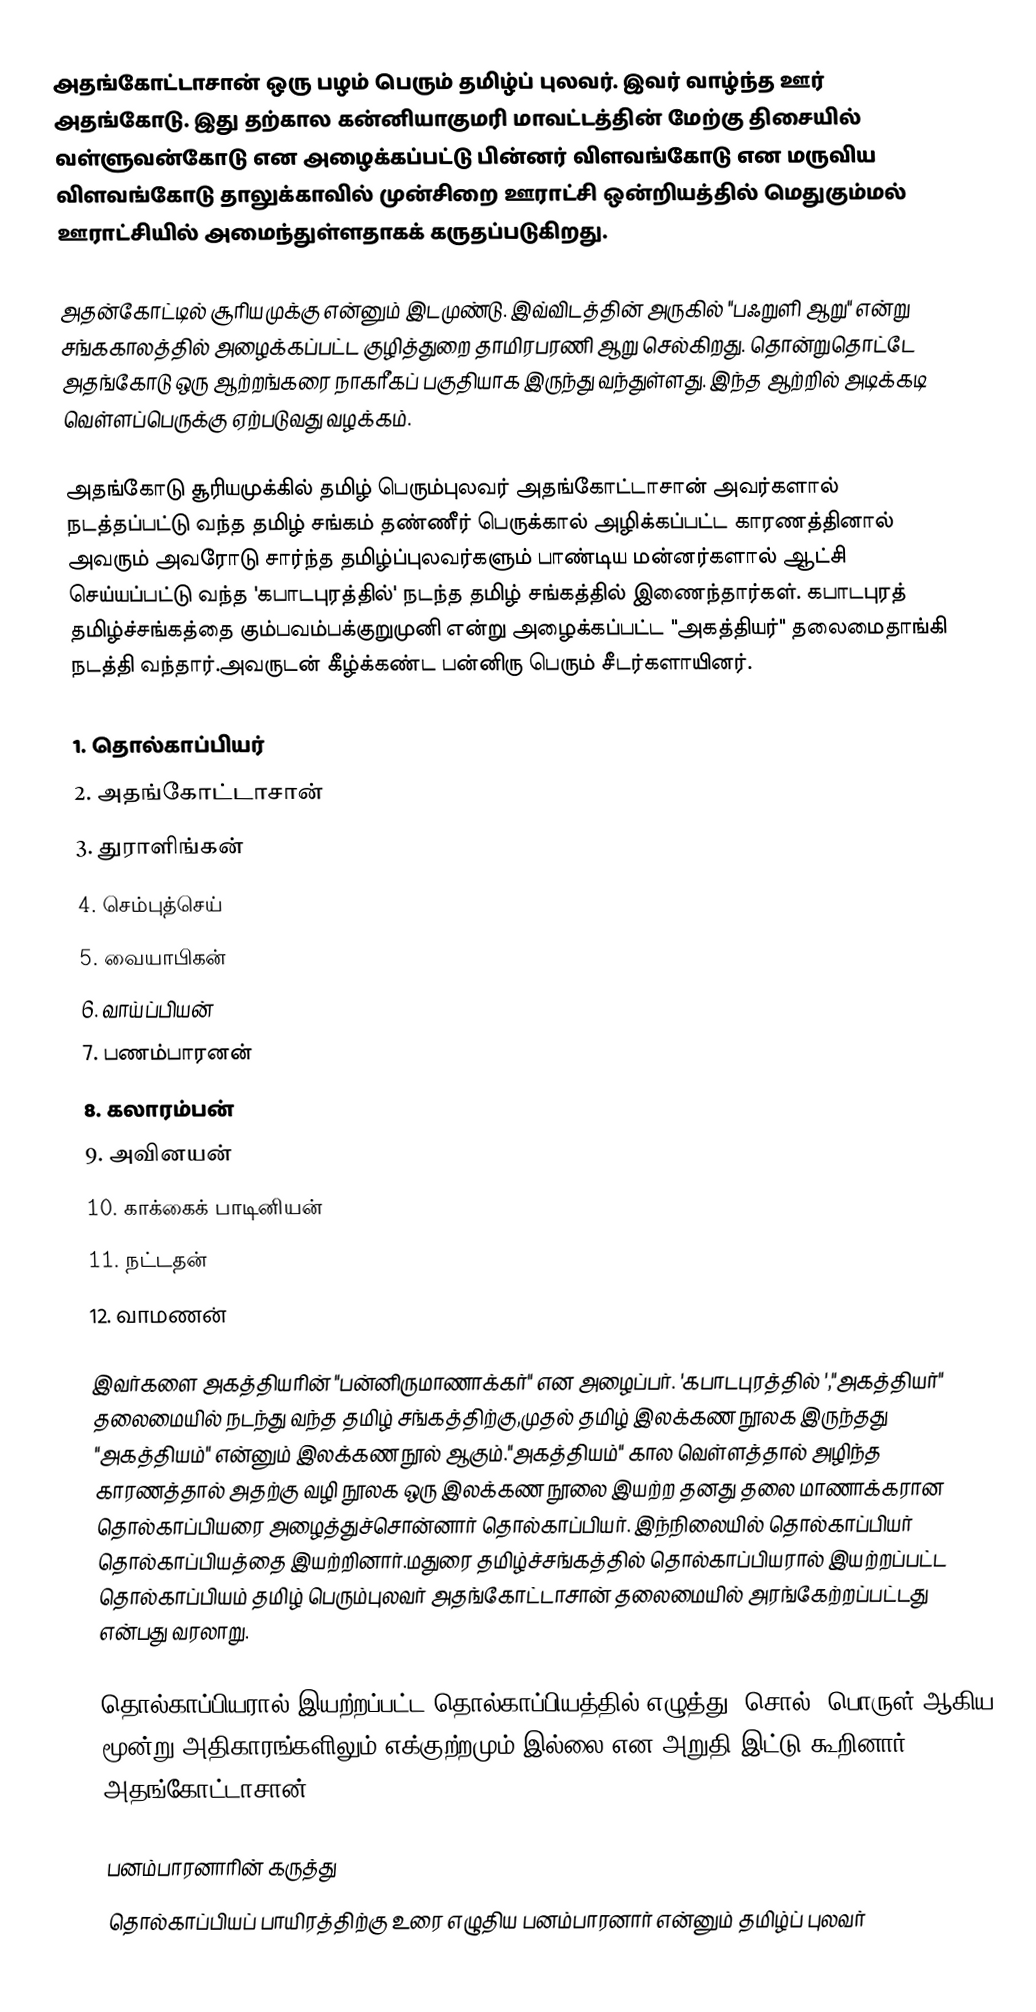
அதங்கோட்டாசான்  ஒரு பழம் பெரும் தமிழ்ப் புலவர். இவர் வாழ்ந்த ஊர் அதங்கோடு. இது தற்கால கன்னியாகுமரி மாவட்டத்தின் மேற்கு திசையில் வள்ளுவன்கோடு என அழைக்கப்பட்டு பின்னர் விளவங்கோடு என மருவிய விளவங்கோடு தாலுக்காவில் முன்சிறை ஊராட்சி ஒன்றியத்தில் மெதுகும்மல் ஊராட்சியில் அமைந்துள்ளதாகக் கருதப்படுகிறது.

அதன்கோட்டில் சூரியமுக்கு என்னும் இடமுண்டு. இவ்விடத்தின் அருகில் "பஃறுளி ஆறு" என்று சங்ககாலத்தில் அழைக்கப்பட்ட குழித்துறை தாமிரபரணி ஆறு செல்கிறது. தொன்றுதொட்டே அதங்கோடு ஒரு ஆற்றங்கரை நாகரீகப் பகுதியாக இருந்து வந்துள்ளது. இந்த ஆற்றில் அடிக்கடி வெள்ளப்பெருக்கு ஏற்படுவது வழக்கம்.

அதங்கோடு சூரியமுக்கில் தமிழ் பெரும்புலவர் அதங்கோட்டாசான் அவர்களால் நடத்தப்பட்டு வந்த தமிழ் சங்கம் தண்ணீர் பெருக்கால் அழிக்கப்பட்ட காரணத்தினால் அவரும் அவரோடு சார்ந்த தமிழ்ப்புலவர்களும் பாண்டிய மன்னர்களால் ஆட்சி செய்யப்பட்டு வந்த 'கபாடபுரத்தில்' நடந்த தமிழ் சங்கத்தில் இணைந்தார்கள். கபாடபுரத் தமிழ்ச்சங்கத்தை கும்பவம்பக்குறுமுனி என்று அழைக்கப்பட்ட "அகத்தியர்" தலைமைதாங்கி நடத்தி வந்தார்.அவருடன் கீழ்க்கண்ட பன்னிரு பெரும் சீடர்களாயினர்.

1.  தொல்காப்பியர்
2.  அதங்கோட்டாசான்
3.  துராளிங்கன்
4.  செம்புத்செய்
5.  வையாபிகன்
6.  வாய்ப்பியன்
7.  பணம்பாரனன்
8.  கலாரம்பன்
9.  அவினயன்
10. காக்கைக் பாடினியன்
11. நட்டதன்
12. வாமணன்

இவர்களை அகத்தியரின் "பன்னிருமாணாக்கர்" என அழைப்பர். 'கபாடபுரத்தில் ',"அகத்தியர்" தலைமையில் நடந்து வந்த தமிழ் சங்கத்திற்கு,முதல் தமிழ் இலக்கண நூலக இருந்தது "அகத்தியம்" என்னும் இலக்கண நூல் ஆகும்."அகத்தியம்" கால வெள்ளத்தால் அழிந்த காரணத்தால் அதற்கு வழி நூலக ஒரு இலக்கண நூலை இயற்ற தனது தலை மாணாக்கரான தொல்காப்பியரை அழைத்துச்சொன்னார் தொல்காப்பியர். இந்நிலையில் தொல்காப்பியர் தொல்காப்பியத்தை இயற்றினார்.மதுரை தமிழ்ச்சங்கத்தில் தொல்காப்பியரால் இயற்றப்பட்ட தொல்காப்பியம் தமிழ் பெரும்புலவர் அதங்கோட்டாசான் தலைமையில் அரங்கேற்றப்பட்டது என்பது வரலாறு.

தொல்காப்பியரால் இயற்றப்பட்ட தொல்காப்பியத்தில் எழுத்து, சொல், பொருள் ஆகிய மூன்று அதிகாரங்களிலும் எக்குற்றமும் இல்லை என அறுதி இட்டு கூறினார் அதங்கோட்டாசான்.

பனம்பாரனாரின் கருத்து
தொல்காப்பியப் பாயிரத்திற்கு உரை எழுதிய பனம்பாரனார் என்னும் தமிழ்ப் புலவர்